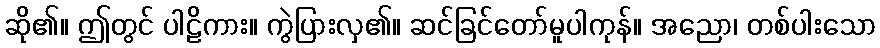
ဆို၏။ ဤတွင် ပါဠိကား။ ကွဲပြားလှ၏။ ဆင်ခြင်တော်မူပါကုန်။ အညော၊ တစ်ပါးသော